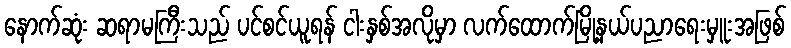
နောက်ဆုံး ဆရာမကြီးသည် ပင်စင်ယူရန် ငါးနှစ်အလိုမှာ လက်ထောက်မြို့နယ်ပညာရေးမှူးအဖြစ်